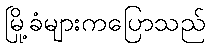
မြို့ခံများကပြောသည်